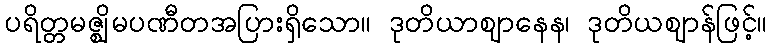
ပရိတ္တမဇ္ဈိမပဏီတအပြားရှိသော။ ဒုတိယာဈာနေန၊ ဒုတိယဈာန်ဖြင့်။